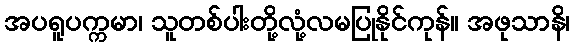
အပရူပက္ကမာ၊ သူတစ်ပါးတို့လုံ့လမပြုနိုင်ကုန်။ အဖုသာနိ၊